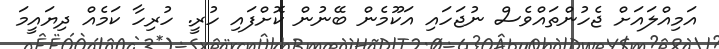
އަމިއްލައަށް ޖެހުންތައްވެސް ނުޖަހައި އަކޫމެން ބޭނުން ކޮށްފައި ހުރީ. ހުރިހާ ކަމެއް ދިޔައީމަ